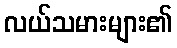
လယ်သမားများ၏